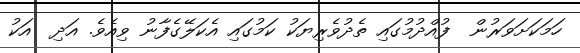
ހަމަކަށަވަރުން  ފުއްދުމުގައި ތެދުވެރިޔަކު ކަމުގައި އެކަލޭގެފާނު ވިއެވެ. އަދި  އަކު